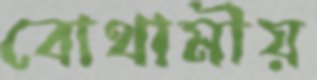
বোথামীয়